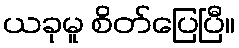
ယခုမူ စိတ်ပြေပြီ။